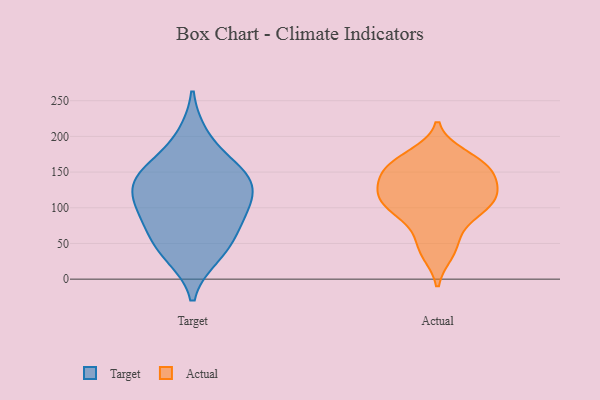
{"axis": {"x": "Net Income (USD K)", "y": "Value"}, "legend": ["Actual", "Target"], "data": [{"x": "", "y": 146, "type": "Target"}, {"x": "", "y": 90, "type": "Target"}, {"x": "", "y": 199, "type": "Target"}, {"x": "", "y": 34, "type": "Target"}, {"x": "", "y": 43, "type": "Target"}, {"x": "", "y": 100, "type": "Target"}, {"x": "", "y": 91, "type": "Target"}, {"x": "", "y": 146, "type": "Target"}, {"x": "", "y": 126, "type": "Target"}, {"x": "", "y": 153, "type": "Target"}, {"x": "", "y": 130, "type": "Target"}, {"x": "", "y": 57, "type": "Target"}, {"x": "", "y": 110, "type": "Actual"}, {"x": "", "y": 37, "type": "Actual"}, {"x": "", "y": 111, "type": "Actual"}, {"x": "", "y": 89, "type": "Actual"}, {"x": "", "y": 106, "type": "Actual"}, {"x": "", "y": 133, "type": "Actual"}, {"x": "", "y": 100, "type": "Actual"}, {"x": "", "y": 173, "type": "Actual"}, {"x": "", "y": 57, "type": "Actual"}, {"x": "", "y": 157, "type": "Actual"}, {"x": "", "y": 152, "type": "Actual"}, {"x": "", "y": 167, "type": "Actual"}, {"x": "", "y": 144, "type": "Actual"}, {"x": "", "y": 89, "type": "Actual"}, {"x": "", "y": 157, "type": "Actual"}, {"x": "", "y": 127, "type": "Actual"}, {"x": "", "y": 161, "type": "Actual"}, {"x": "", "y": 124, "type": "Actual"}, {"x": "", "y": 41, "type": "Actual"}, {"x": "", "y": 115, "type": "Actual"}]}